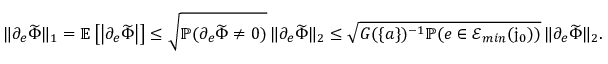
\| \partial _ { e } \widetilde { \Phi } \| _ { 1 } = \mathbb { E } \left[ \left| \partial _ { e } \widetilde { \Phi } \right| \right] \le \sqrt { \mathbb { P } ( \partial _ { e } \widetilde { \Phi } \ne 0 ) } \, \| \partial _ { e } \widetilde { \Phi } \| _ { 2 } \le \sqrt { G ( \{ a \} ) ^ { - 1 } \mathbb { P } ( e \in \mathcal { E } _ { m i n } ( \mathfrak { j } _ { 0 } ) ) } \, \| \partial _ { e } \widetilde { \Phi } \| _ { 2 } .